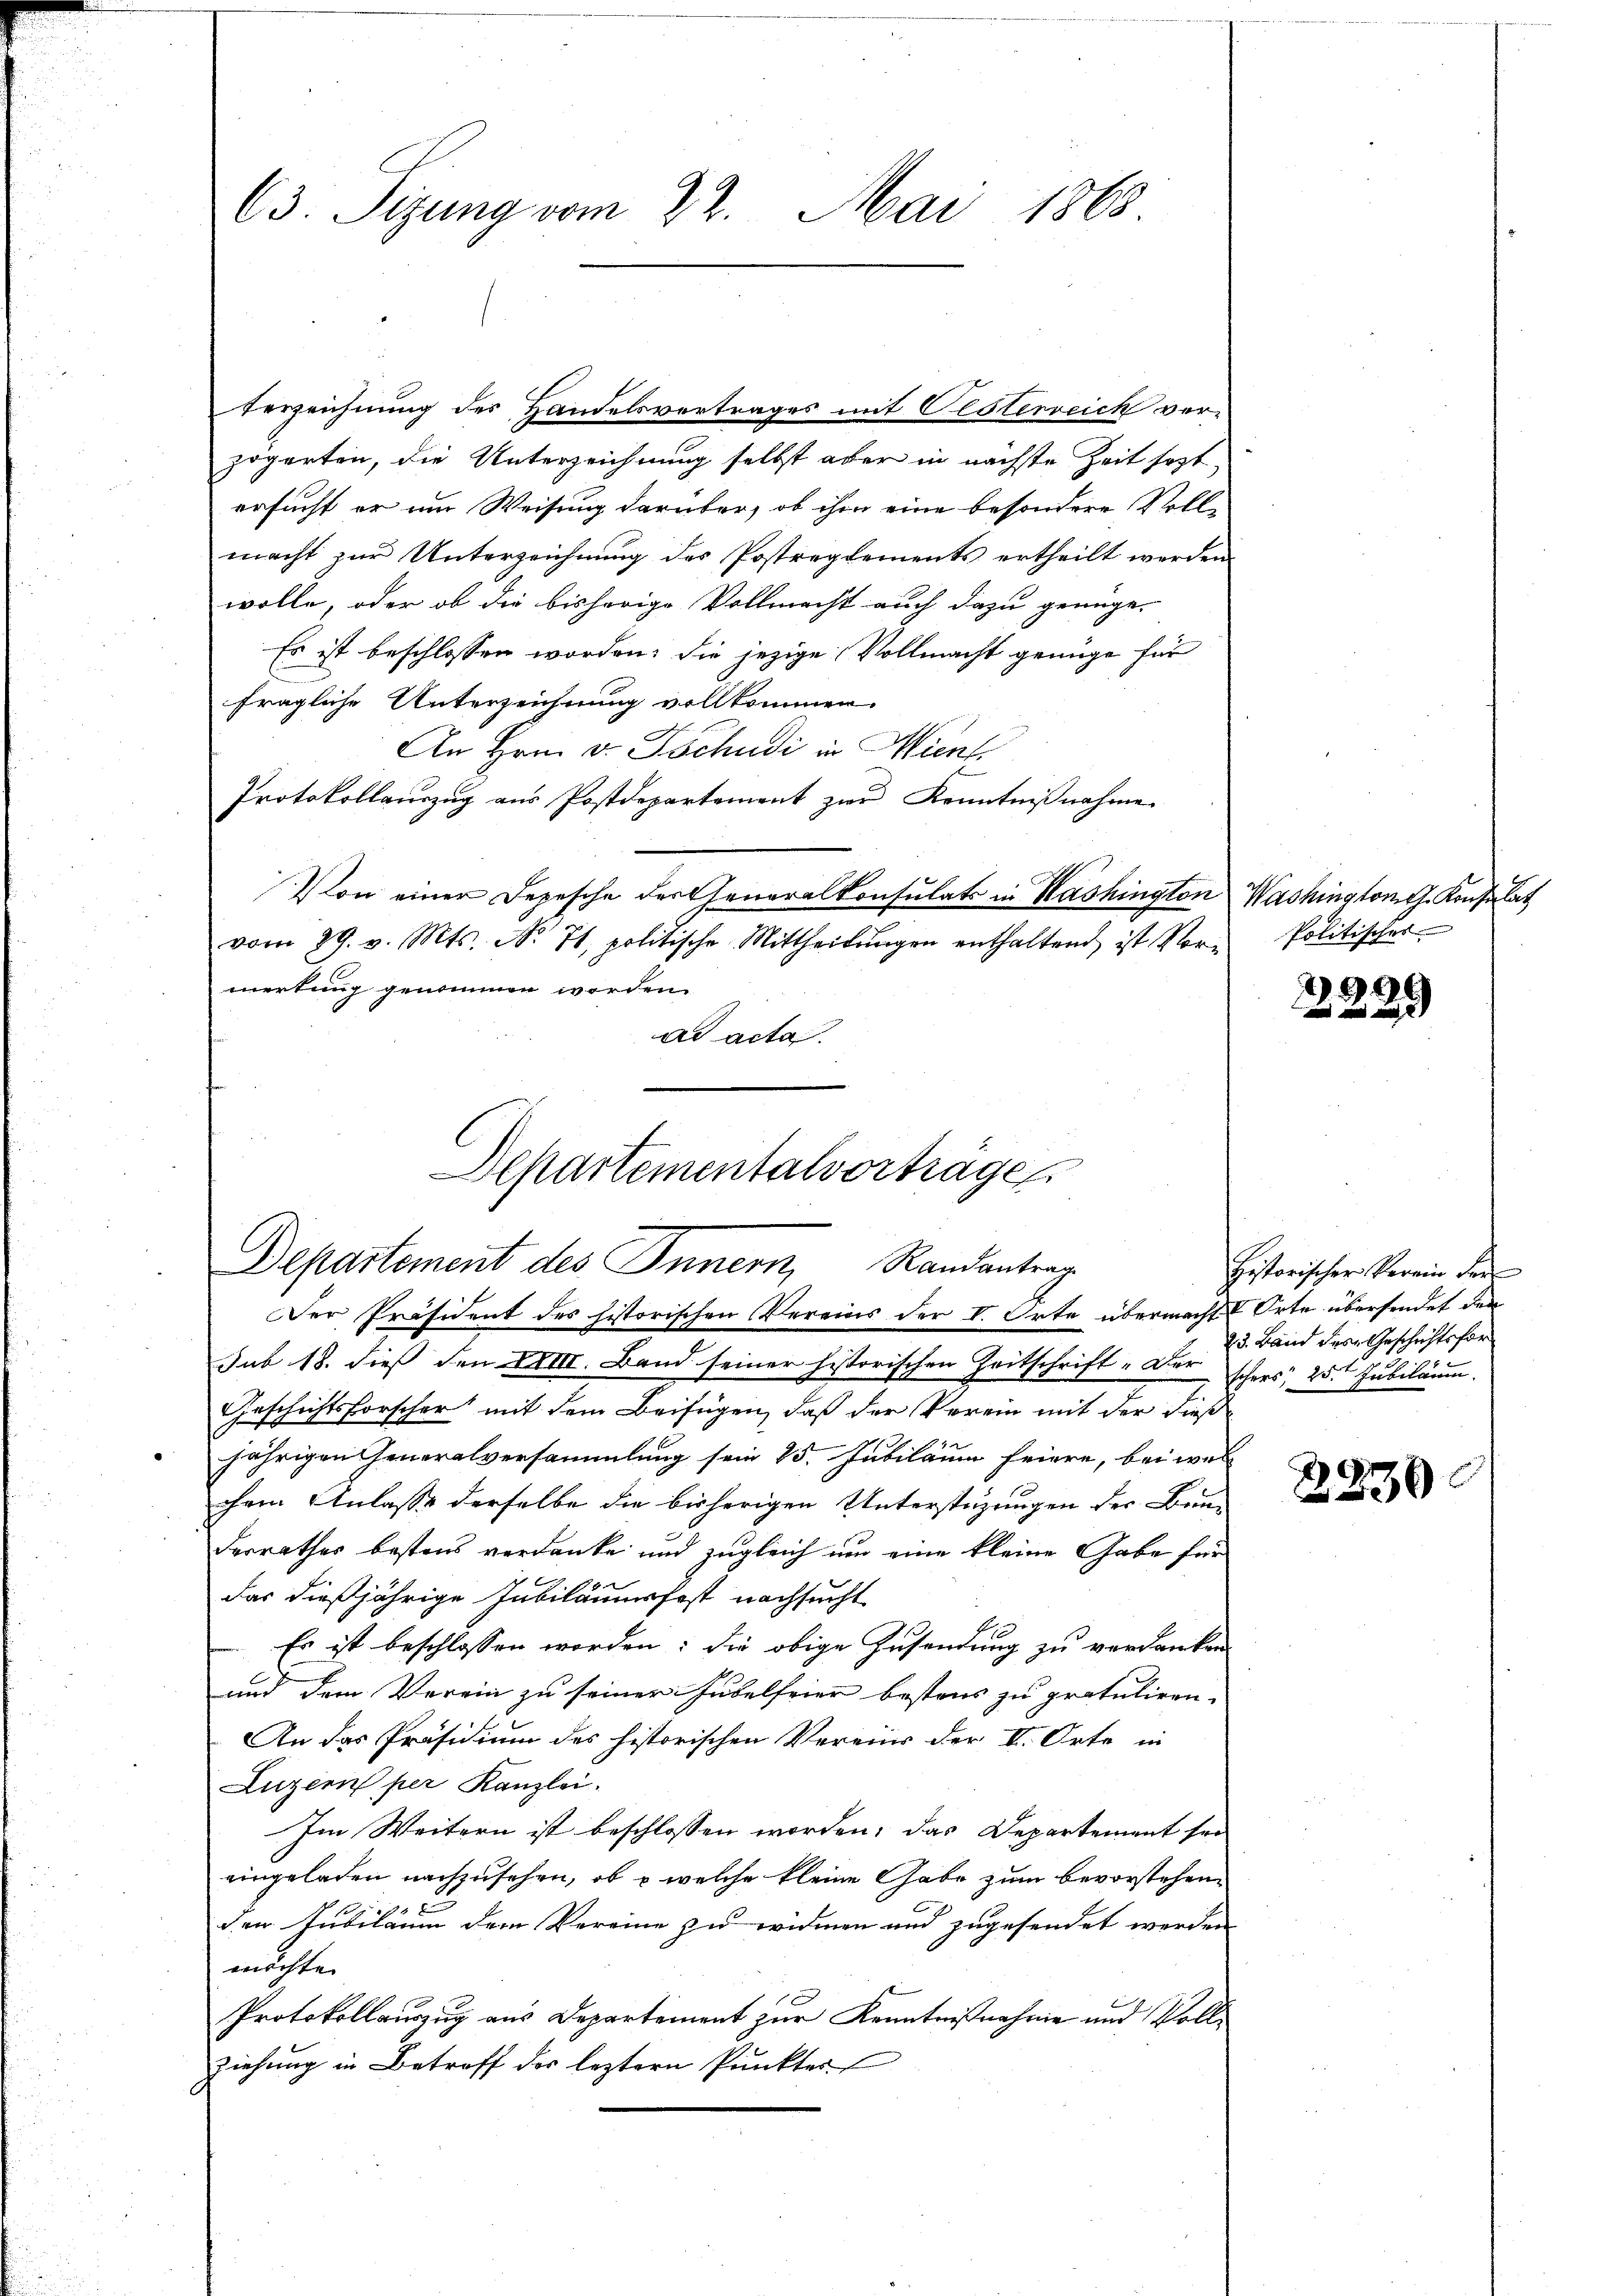
63. Sizung vom 22. Mai 1865.

Verzeichnung des Handelsvertrages mit Oesterreich verzögerten, die Unterzeichnung selbst aber in nächste Zeit sezt,
ersucht er im Weisung darüber, ob ihm eine besondere Voll-
macht zur Unterzeichnung des Postreglements ertheilt werden.
wolle, oder ob die bisherige Vollmacht auch dazu genüge.
Es ist beschlossen worden; die jezige Vollmacht genüge für
fragliche Unterzeichnung vollkommen.
An Hrn. v. Tschudi in Mienf
Protokollauszug aus Postdepartement zur Kenntnißnahme
Von einer Depesche der Generalkonsulats in Washington Washingtont. Konsulat
vom 29. v. Mts. No. 7t, politische Mittheilungen enthaltend ist Vormertung genommen worden.
ad acta

Departementalvorträge
Departement des Innern, Randantrag
Der Präsident des historischen Vereins der I. Orte übermacht Orte übersendet den

sub 18. dieß den XVIII. Band seiner historischen Zeitschrift „Der schers, 25t Jubiläum.
Geschichtsforscher mit dem Beifügen, daß der Verein mit der diese
jährigen Generalversammlung sein 25. Jubiläum feiere, bei wel
chem Anlasse derselbe die bisherigen Unterstüzungen der Bunderrathes bestens verdanke und zugleich um eine kleine Gabe für
das dießjährige Jubiläumsfest nachsucht
Es ist beschlossen worden; die obige Zusendung zu verdanken
und dem Verein zu seiner Hubelfeier bestens zu gratuliren.
An das Präsidium des historischen Vereins der V. Orte in
Luzern per Kanzlei.
Im Weitern ist beschlossen worden, das Departement sei
eingeladen nachzusehen, ob & welche kleine Gabe zum bevorstehen
den Jubiläum dem Vereine zu widmen und zugesendet werden
möchte.
Protokollauszug aus Departement zur Kenntnißnahme und Vollziehung in Betroff der leztern Pŭnkter

Politisches

2996
  und

Historischer Verein der
23. Band des Geschichtsfor

2230